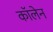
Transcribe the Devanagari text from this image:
कॉलेन